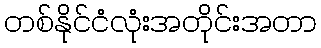
တစ်နိုင်ငံလုံးအတိုင်းအတာ